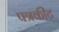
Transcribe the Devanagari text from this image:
पत्रकीट